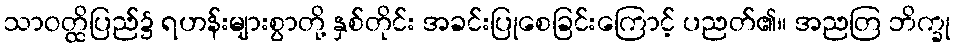
သာဝတ္ထိပြည်၌ ရဟန်းများစွာတို့ နှစ်တိုင်း အခင်းပြုစေခြင်းကြောင့် ပညတ်၏။ အညတြ ဘိက္ခု